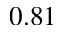
0 . 8 1